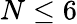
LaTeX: N\le 6